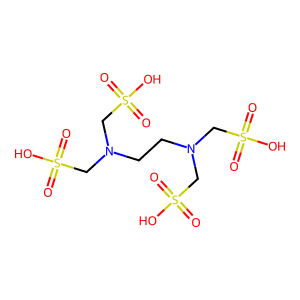
SMILES: O=S(=O)(O)CN(CCN(CS(=O)(=O)O)CS(=O)(=O)O)CS(=O)(=O)O
Inhibits HIV replication: No